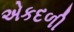
એકદળી